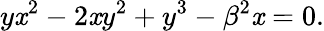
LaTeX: y\mathit{x}^{2}-2\mathit{x}y^{2}+y^{3}-\beta^{2}\mathit{x}=0.